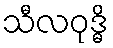
သီလဝုဒ္ဓိ